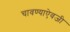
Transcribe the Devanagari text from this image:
चावण्याऐवजी